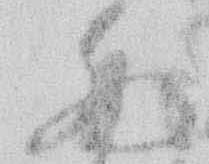
西